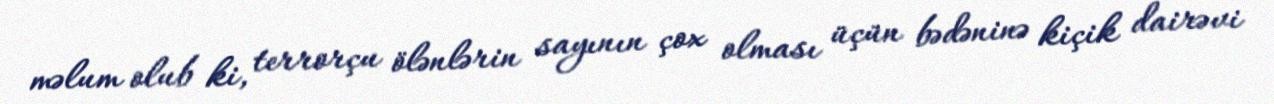
məlum olub ki, terrorçu ölənlərin sayının çox olması üçün bədəninə kiçik dairəvi